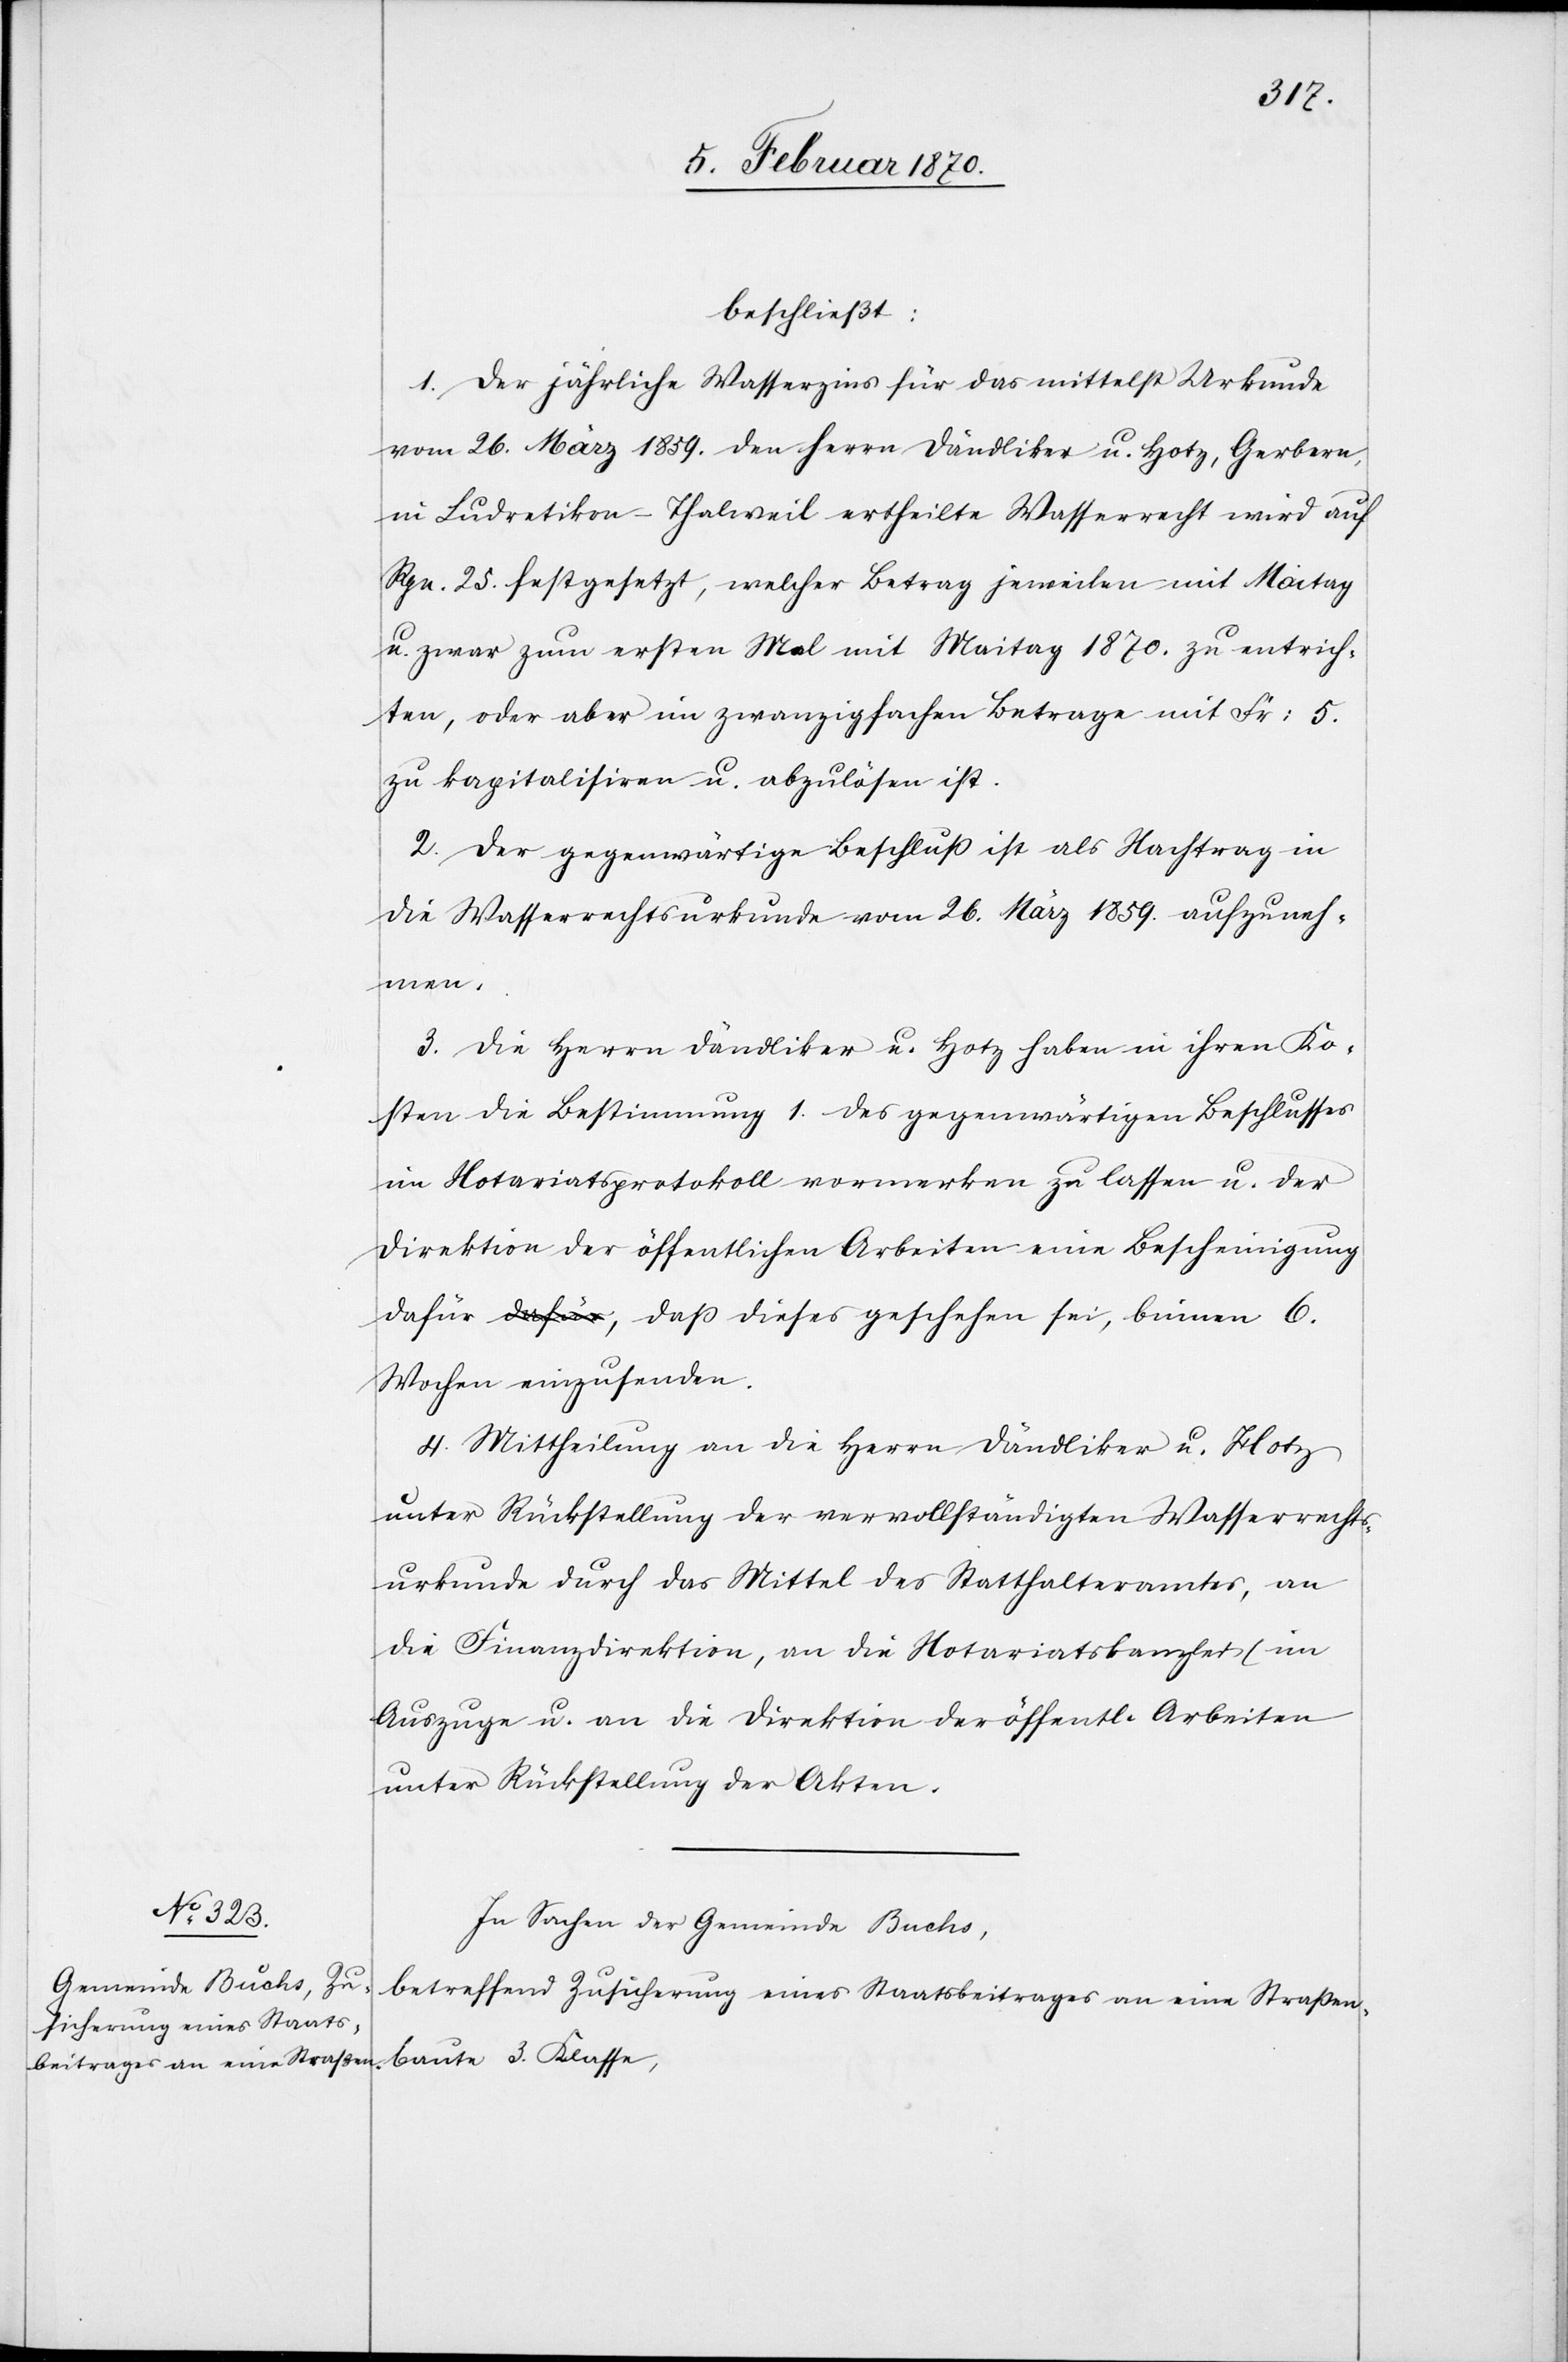
3.
beschließt:
1. Der jährliche Wasserzins für das mittelst Urkunde
vom 26. März 1859. den Herrn Dändliker u. Hotz, Gerbern,
in Ludretikon-Thalweil ertheilte Wasserrecht wird auf
Rpn. 25. festgesetzt, welcher Betrag jeweilen mit Maitag
u. zwar zum ersten Mal mit Maitag 1870. zu entrich¬
ten, oder aber im zwanzigfachen Betrage mit Fr: 5.
zu kapitalisiren u. abzulösen ist.
2. Der gegenwärtige Beschluß ist als Nachtrag in
die Wasserrechtsurkunde vom 26. März 1859. aufzuneh¬
men.
3. Die Herrn Dändliker u. Hotz haben in ihren Ko¬
sten die Bestimmung 1. des gegenwärtigen Beschlusses
im Notariatsprotokoll vormerken zu lassen u. der
Direktion der öffentlichen Arbeiten eine Bescheinigung
dafür, daß dieses geschehen sei, binnen 6.
Wochen einzusenden.
4. Mittheilung an die Herrn Dändliker u. Hotz
unter Rückstellung der vervollständigten Wasserrechts¬
urkunde durch das Mittel des Statthalteramtes, an
die Finanzdirektion, an die Notariatskanzlei (im
Auszuge) u. an die Direktion der öffentl. Arbeiten
unter Rückstellung der Akten.
In Sachen der Gemeinde Buchs,
betreffend Zusicherung eines Staatsbeitrages an eine Straßen¬